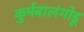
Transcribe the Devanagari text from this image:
कुर्मबालंगोडू